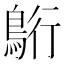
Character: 𮬷